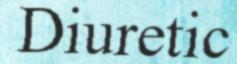
Diuretic